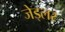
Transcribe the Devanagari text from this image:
जेड्लर